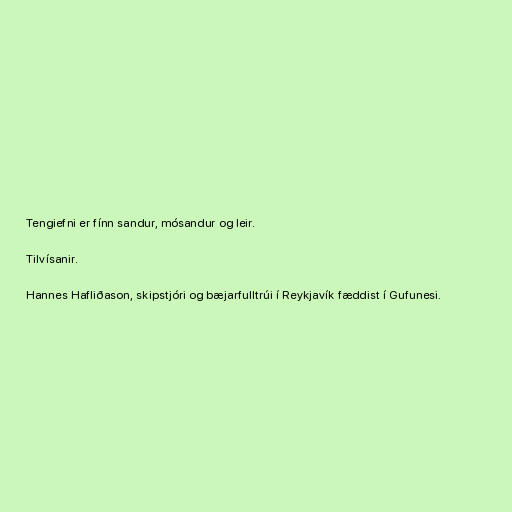
Tengiefni er fínn sandur, mósandur og leir.

Tilvísanir.

Hannes Hafliðason, skipstjóri og bæjarfulltrúi í Reykjavík fæddist í Gufunesi.